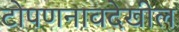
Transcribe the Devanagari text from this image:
टोपणनावदेखील